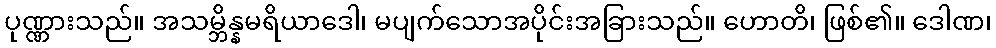
ပုဏ္ဏားသည်။ အသမ္ဘိန္နမရိယာဒေါ၊ မပျက်သောအပိုင်းအခြားသည်။ ဟောတိ၊ ဖြစ်၏။ ဒေါဏ၊